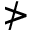
\ngtr